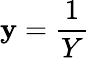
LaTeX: \mathbf{y}=\frac{{1}}{{Y}}